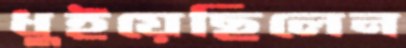
ধুইয়েছিলেন